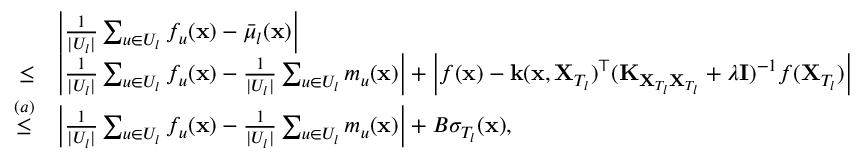
\begin{array} { r l } & { \left| \frac { 1 } { | U _ { l } | } \sum _ { u \in U _ { l } } f _ { u } ( \mathbf { x } ) - \bar { \mu } _ { l } ( \mathbf { x } ) \right| } \\ { \leq } & { \left| \frac { 1 } { | U _ { l } | } \sum _ { u \in U _ { l } } f _ { u } ( \mathbf { x } ) - \frac { 1 } { | U _ { l } | } \sum _ { u \in U _ { l } } m _ { u } ( \mathbf { x } ) \right| + \left| f ( \mathbf { x } ) - \mathbf { k } ( \mathbf { x } , \mathbf { X } _ { T _ { l } } ) ^ { \top } ( \mathbf { K } _ { \mathbf { X } _ { T _ { l } } \mathbf { X } _ { T _ { l } } } + \lambda \mathbf { I } ) ^ { - 1 } f ( \mathbf { X } _ { T _ { l } } ) \right| } \\ { \overset { ( a ) } { \leq } } & { \left| \frac { 1 } { | U _ { l } | } \sum _ { u \in U _ { l } } f _ { u } ( \mathbf { x } ) - \frac { 1 } { | U _ { l } | } \sum _ { u \in U _ { l } } m _ { u } ( \mathbf { x } ) \right| + B \sigma _ { T _ { l } } ( \mathbf { x } ) , } \end{array}